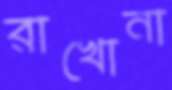
রাখোনা